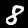
Digit: 8